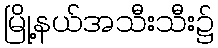
မြို့နယ်အသီးသီး၌